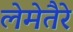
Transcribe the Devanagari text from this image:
लेमेतैरे